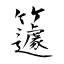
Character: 籧